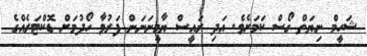
ޝަހީމް ނިޔަތް ގޯސް ކަމަށެވެ. އަދި ރައީސް ޔާމީނަނަން ފަރުވާ ހޯދުމަށް ޑޮކްޓަރެއްގެ